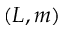
( L , m )